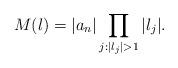
LaTeX: \begin{align*}M(\l)=|a_n|\prod_{j:|\l_j|>1}|\l_j|.\end{align*}